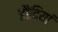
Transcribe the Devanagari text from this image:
हौदियां